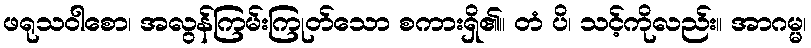
ဖရုသဝါစော၊ အလွန်ကြမ်းကြုတ်သော စကားရှိ၏။ တံ ပိ၊ သင့်ကိုလည်း။ အာဂမ္မ၊